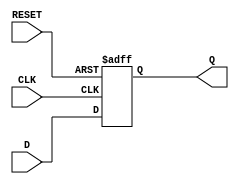
module d_ff (
    input wire CLK,
    input wire RESET,
    input wire D,
    output reg Q
);

always @(posedge CLK or posedge RESET)
begin
    if (RESET)
        Q <= 1'b0; // Reset the flip-flop to 0
    else
        Q <= D; // Load input data D on rising edge of clock
end

endmodule